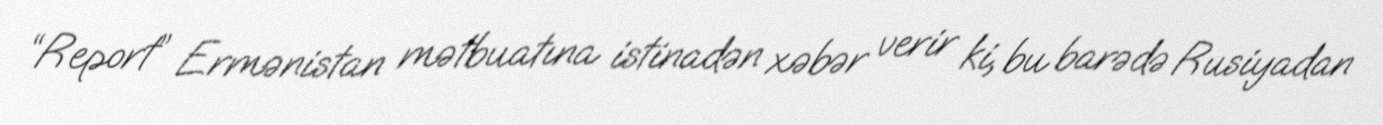
“Report” Ermənistan mətbuatına istinadən xəbər verir ki, bu barədə Rusiyadan